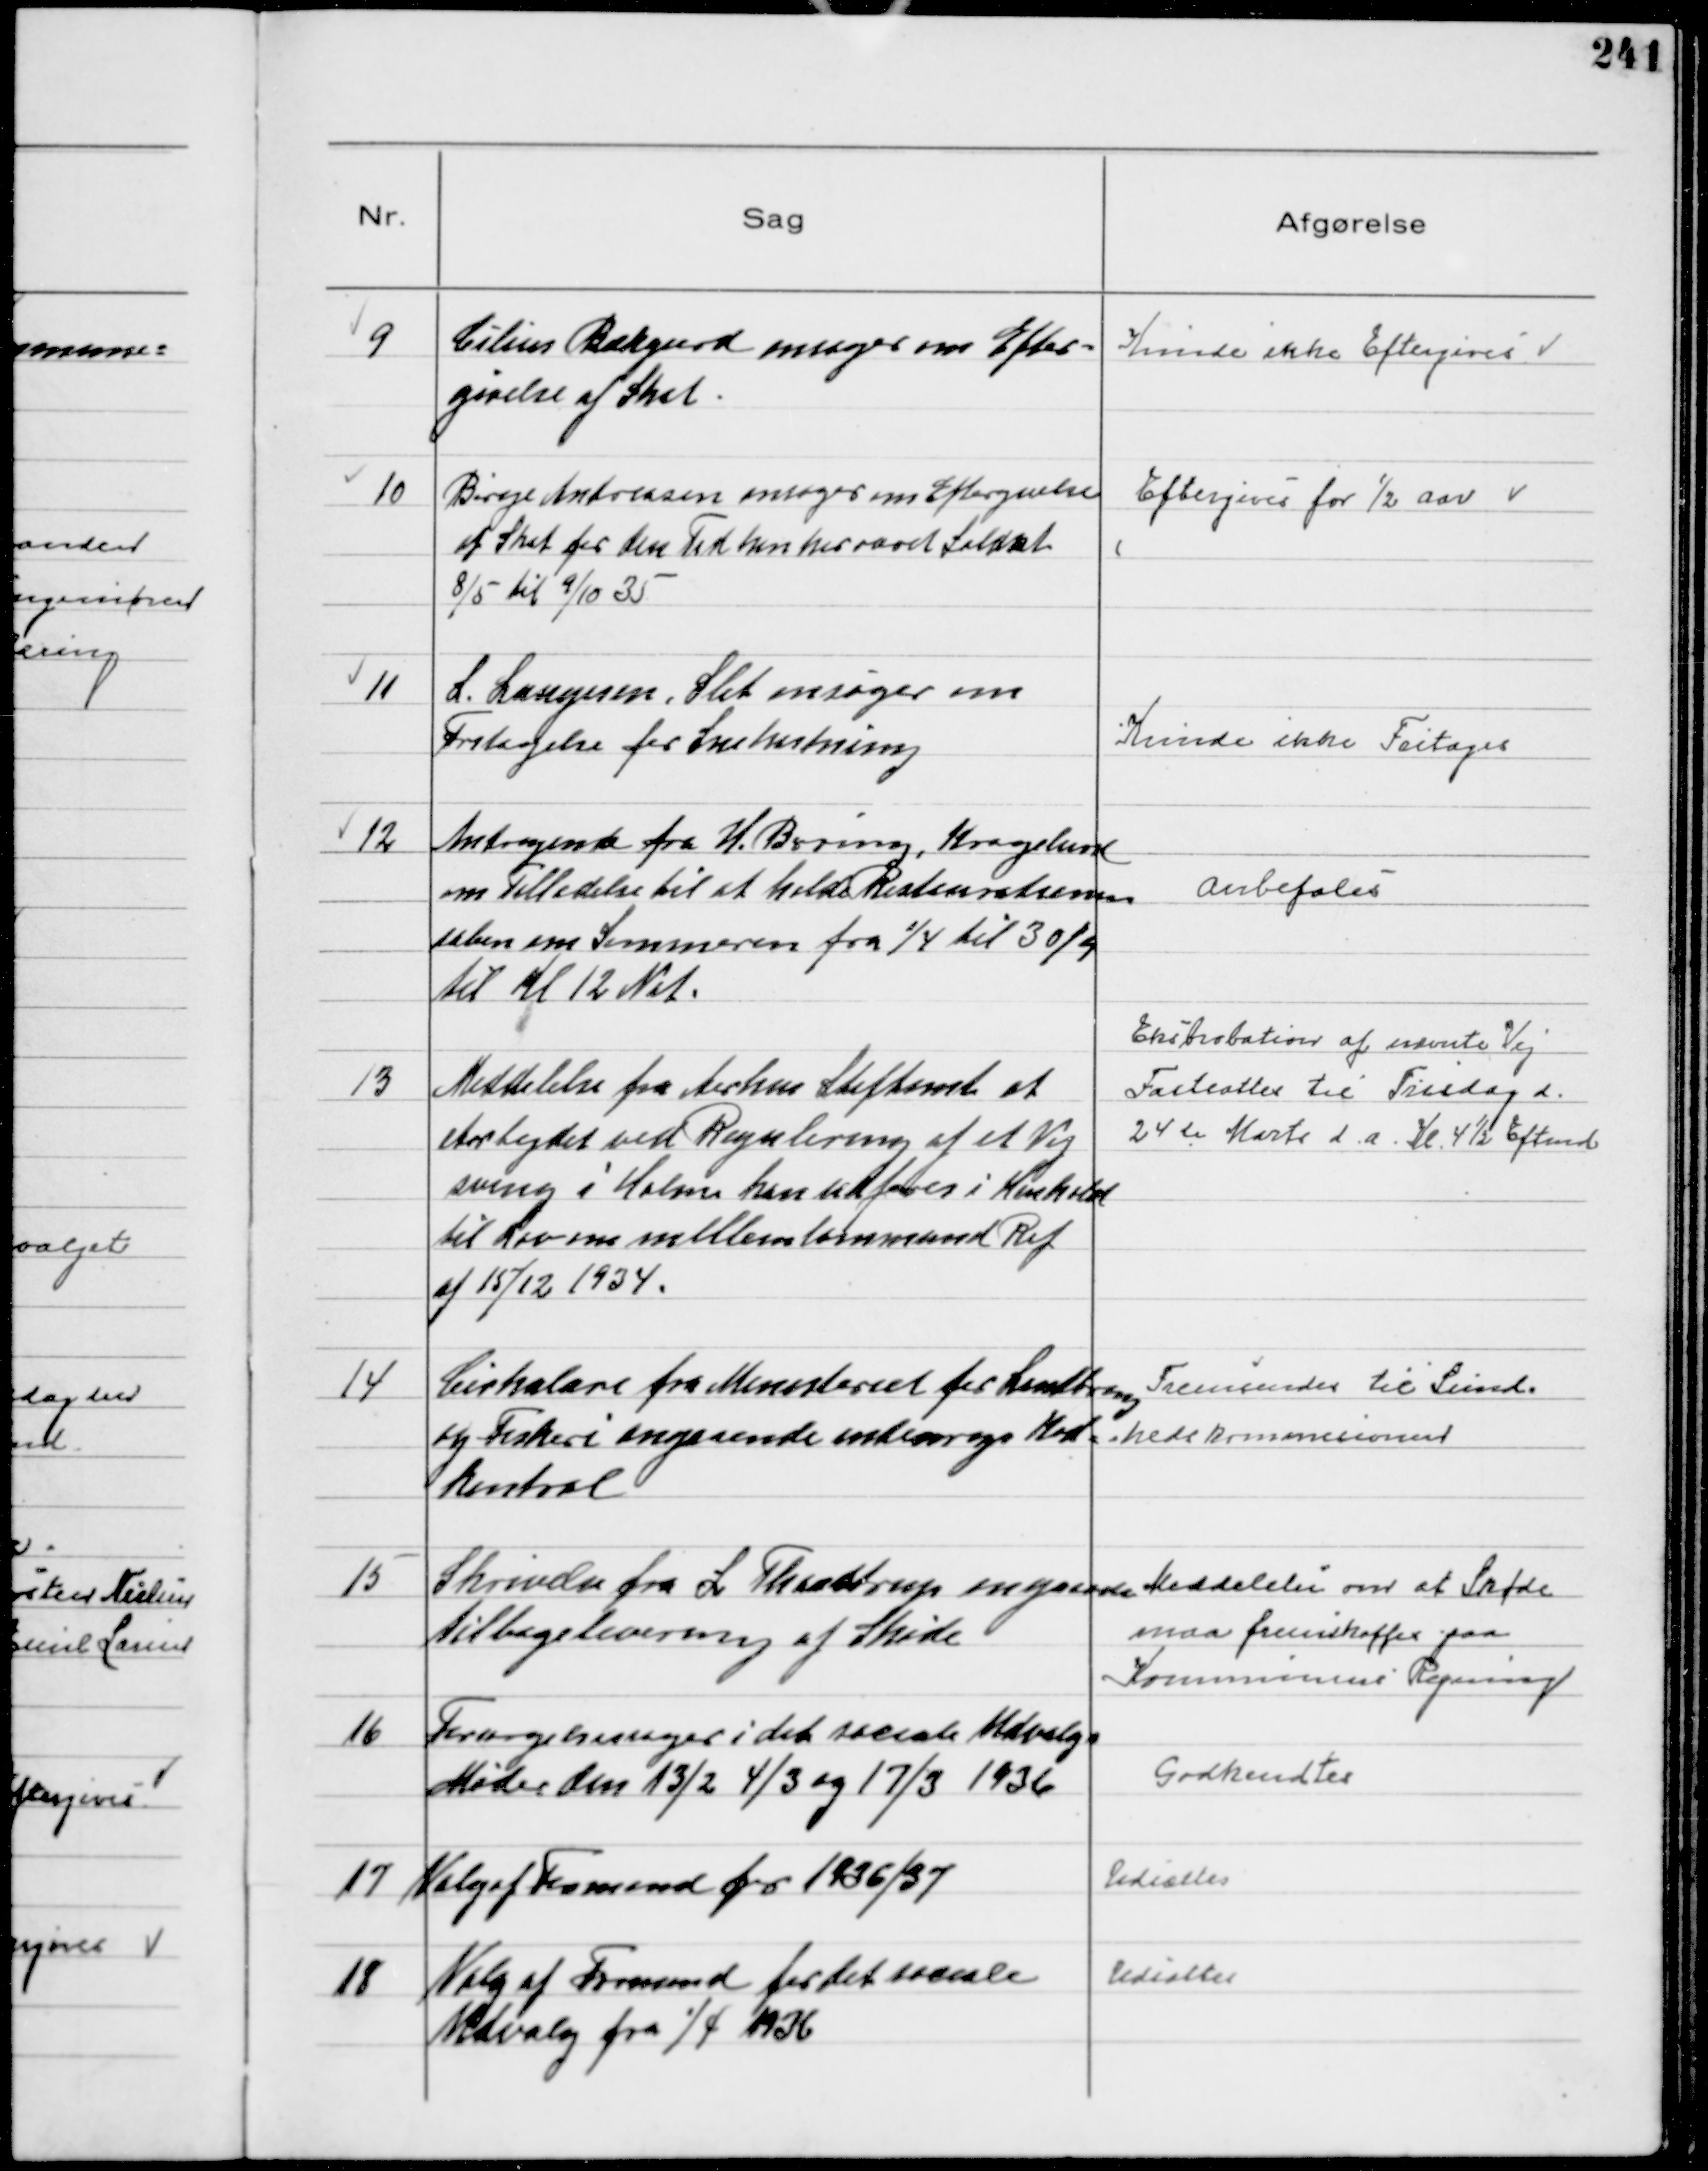
Transskription:
9
Cilius Bækgaard ansøger om Efter-
givelse af Skat

Kunde ikke Eftergives

10
Børge Andreasen ansøger om Eftergivelse
af Skat for den Tid han har været Soldat
8/5 til 9/10 35

Eftergives for ½ Aar

11
L. Laugesen, Slet ansøger om
Fritagelse for Snekastning

Kunde ikke Fritages

12
Andragende fra H. Bering, Kragelund
om Tilladelse til at holde Restaurationen
aaben om Sommeren fra 1/4 til 30/9
til Kl 12 Nat.

Anbefales

13
Meddelelse fra Aarhus Stiftamt at
Arbejdet ved Regulering af et Vej
sving i Holme kan udføres i Henhold
til Lov om mellemkommunal Ref
af 15/12 1934.

Eksbrobation af nævnte Vej
Fastsattes til Tirsdag d.
24de Marts d.a. Kl. 4½ Eftmd.

14
Cirkulære fre Ministeriet for Landbrug
og Fiskeri angaaende indenrigs Kød-
kontrol

Fremsendes til Sund-
hedskommissionen

15
Skrivelse fra L Thaastrup angaaende
tilbagelevering af Skøde

Meddelelse om at Skøde
maa fremskaffes paa
Kommunens Regning

16
Forsørgelsessager i det sociale Udvalgs
Møder den 13/2 4/3 og 17/3 1936

Godkendtes

17
Valg af Formand for 1936/37

Udsattes

18
Valg af Formand for det sociale
Udvalg fra 1/4 1936

Udsattes